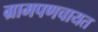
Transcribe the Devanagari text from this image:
ग्रामपणचायत